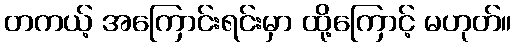
တကယ့် အကြောင်းရင်းမှာ ထို့ကြောင့် မဟုတ်။